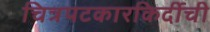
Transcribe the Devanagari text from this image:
चित्रपटकारकिर्दीची